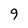
Character: 9